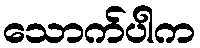
သောက်ပါက